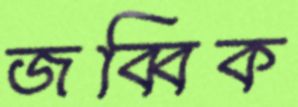
জব্বিক